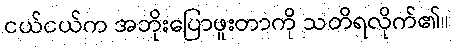
ငယ်ငယ်က အဘိုးပြောဖူးတာကို သတိရလိုက်၏။